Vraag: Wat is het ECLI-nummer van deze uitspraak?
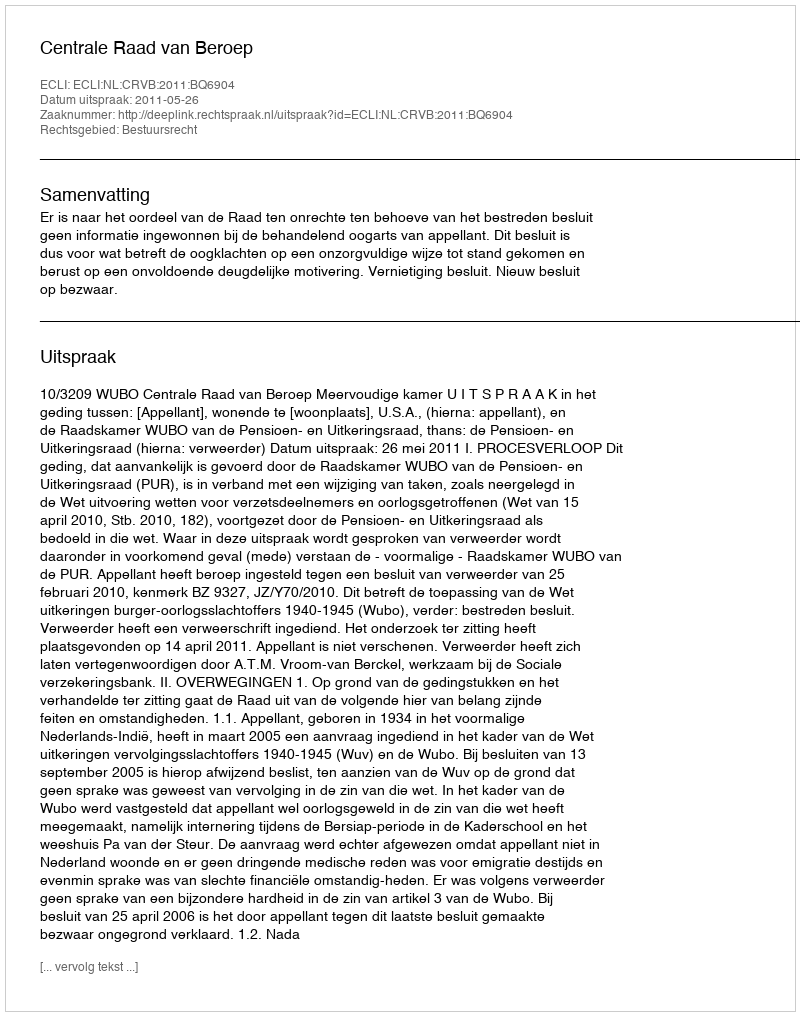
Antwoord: ECLI:NL:CRVB:2011:BQ6904